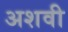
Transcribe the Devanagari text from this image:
अशवी